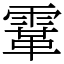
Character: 䨣